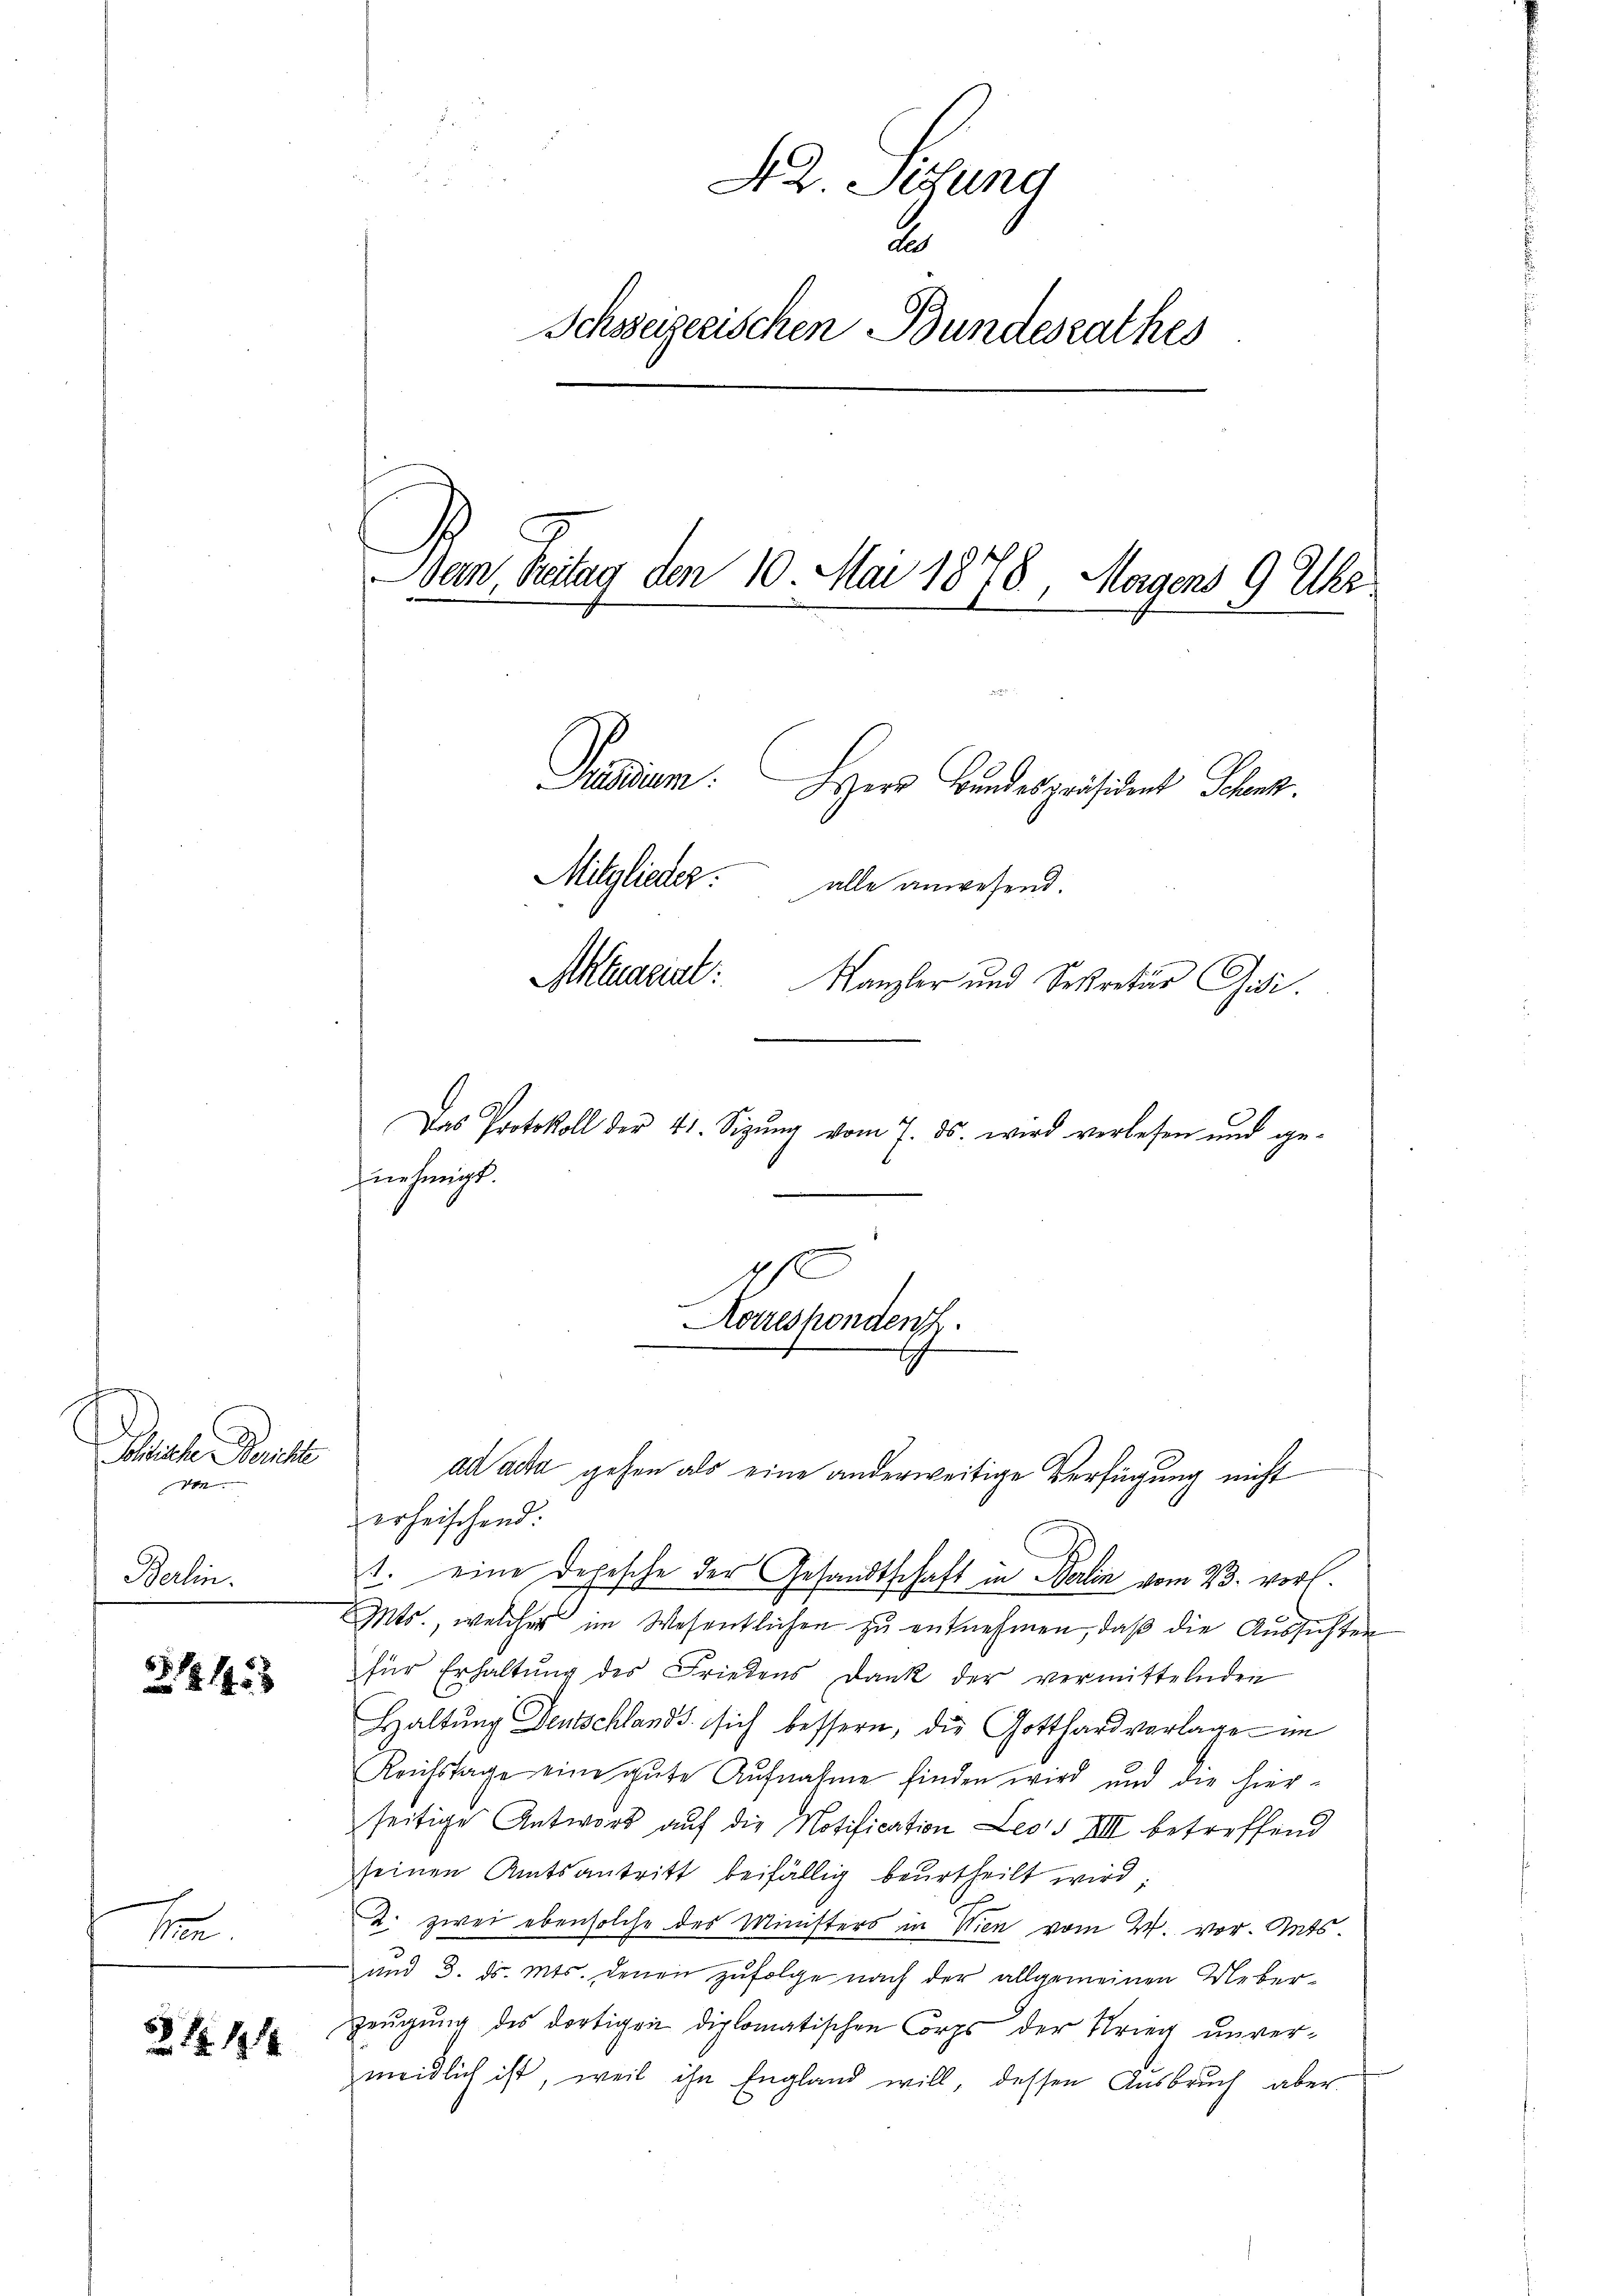
Schache Baute
don
Berlin.

1145

Z 1114

ten

e
42. Sitzung
2
Ichsseizerischen Bundesrathes
Den Breitag den 10. Mai 1878, Magens 9 Uhr
u
Stundum. Herr Bundespräsident Schan
Mitglieder: alle anwesend.
Aktuariat:
Kanzler und Sekretär Gisi.
Das Protokoll der 41. Sizŭng vom 7. ds. wird verlesen und ge-
nehmigt.

e
Korreshondent.
h

erheischend:
1. eine Depesche der Gesandtschaft in Berlin vom 23. vorh
Mts., welcher im Wesentlichen zu entnehmen, daß die Aussichten
für Erhaltŭng des Friedens Dank der vermittelnden
Haltung Deutschlands sich bessern, die Gotthard vorlage im
Reichstage eine gute Aufnahme finden wird und die hierseitige Antwort auf die Notification Leos VIII betreffend
seinen Amtsantritt beifällig beurtheilt wird;
2. zwei ebensolche des Ministers in Wien vom 24. vor. Ants¬
und 3. ds. Mts. denen zufolge nach der allgemeinen Ueber¬
Zeŭgŭng des dortigen diplomatischen Corps der Krieg unver-
meidlich ist, weil ihn England will dessen Aŭsbrŭch aber

ad acta gehen als eine anderweitige Verfügung nicht